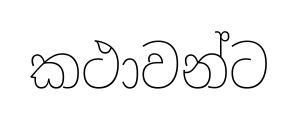
කථාවන්ට